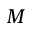
M